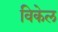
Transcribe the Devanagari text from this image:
विकेल